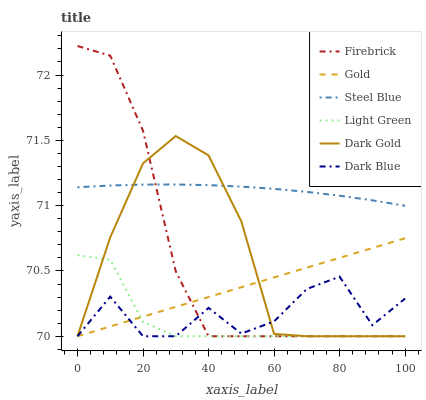
| xaxis_label | Firebrick | Gold | Steel Blue | Light Green | Dark Gold | Dark Blue |
 | --- | --- | --- | --- | --- | --- | --- |
 | 0 | 72.2 | 70 | 71.1 | 70.6 | 70 | 70 |
 | 10 | 72.1 | 70.1 | 71.2 | 70.6 | 70.8 | 70.3 |
 | 20 | 71.6 | 70.2 | 71.2 | 70.1 | 71.3 | 70 |
 | 30 | 70.5 | 70.2 | 71.2 | 70 | 71.5 | 70 |
 | 40 | 70 | 70.3 | 71.2 | 70 | 71.4 | 70.2 |
 | 50 | 70 | 70.4 | 71.1 | 70 | 70.9 | 70 |
 | 60 | 70 | 70.5 | 71.1 | 70 | 70 | 70.1 |
 | 70 | 70 | 70.5 | 71.1 | 70 | 70 | 70.4 |
 | 80 | 70 | 70.6 | 71.1 | 70 | 70 | 70.5 |
 | 90 | 70 | 70.7 | 71 | 70 | 70 | 70.1 |
 | 100 | 70 | 70.8 | 71 | 70 | 70 | 70.3 |